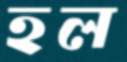
হল